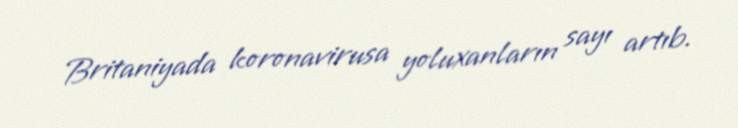
Britaniyada koronavirusa yoluxanların sayı artıb.